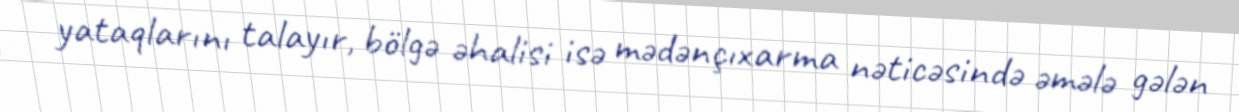
yataqlarını talayır, bölgə əhalisi isə mədənçıxarma nəticəsində əmələ gələn